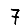
Digit: 7